Vaccination in Burma 1920-1933 - 1920-1933
Year: 1920
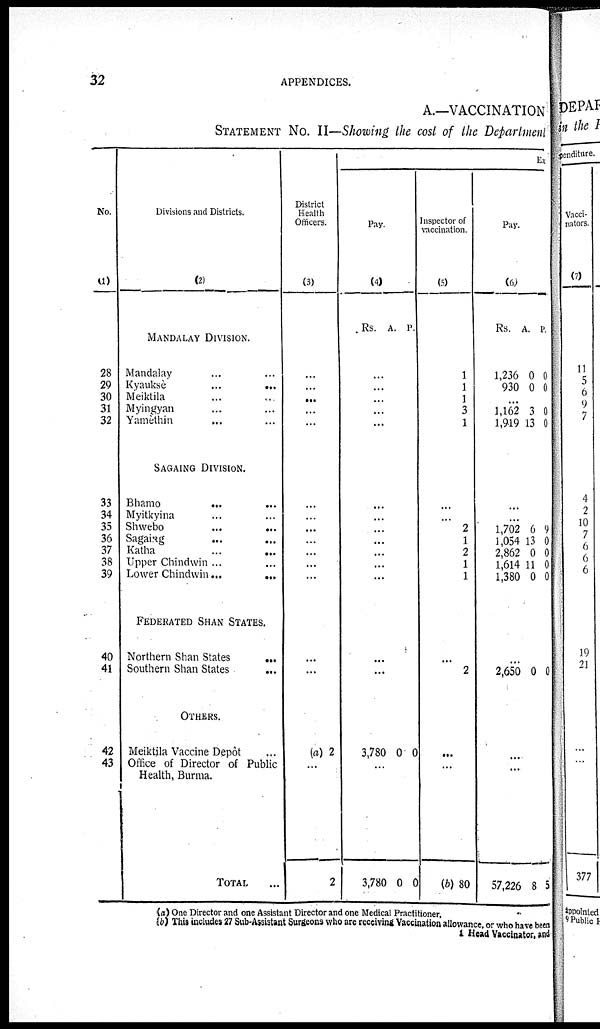
32
APPENDICES.
A.—VACCINATION
STATEMENT No. II—Showing the cost of the Department
No.
(1)
28
29
30
31
32
33
34
35
36
37
38
39
40
41
42
43
Divisions and Districts.
(2)
MANDALAY DIVISION.
Mandalay ... ...
Kyaukse
...
...
Meiktila ... ...
Myingyan ... ...
Yamèthin ... ...
SAGAING DIVISION.
Bhamo ... ...
Myitkyina ... ...
Shwebo
...
...
Sagaing ... ...
Katha ... ...
Upper Chindwin ... ...
Lower Chindwin ...
...
FEDERATED SHAN STATES.
Northern Shan States
...
Southern Shan States
...
OTHERS.
Meiktila Vaccine Depôt ...
Office of Director of Public
Health, Burma.
TOTAL ...
District
Health
Officers.
(3)
...
...
...
...
...
...
...
...
...
...
...
...
...
...
(a) 2
...
2
Ex
Pay.
(4)
Rs. A. P.
...
...
...
...
...
...
...
...
...
...
...
...
...
...
3,780 0 0
...
3,780 0
0
Inspector of
vaccination.
(5)
1
1
1
3
1
...
...
2
1
2
1
1
...
2
...
...
(b) 80
Pay.
(6)
Rs. A. P.
1,236
930
0
0
0
0
...
1,162
1,919
3
13
0
0
...
...
1,702
1,054
2,862
1,614
1,380
6
13
0
11
0
9
0
0
0
0
...
2,650 0 0
...
...
57,226 8 5
(a) One Director and one Assistant Director and one Medical Practitioner.
(b) This includes 27 Sub-Assistant Surgeons who are receiving Vaccination allowance, or who have been
1 Head Vaccinator, and